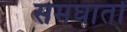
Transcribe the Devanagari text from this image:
समघातों